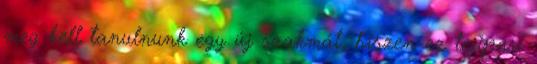
meg kell tanulnunk egy új szakmát, hiszen ez tejipari